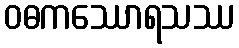
ဝဓကဿောရသဿ